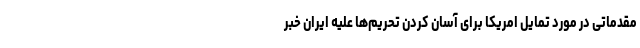
مقدماتی در مورد تمایل امریکا برای آسان کردن تحریم‌ها علیه ایران خبر